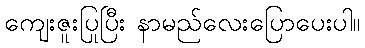
ကျေးဇူးပြုပြီး နာမည်လေးပြောပေးပါ။